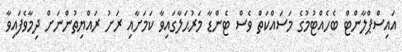
އައިސްޕްލާންޓް ބެހެއްޓުމުގެ މަސައްކަތް ވެސް ޓެންޑާ މަރުޙަލާގައިވާ ކަމަށާއި ރަށު ރައްޔިތުންނަށް ދިމާވެފައިވާ